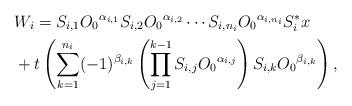
LaTeX: \begin{align*} &W_i=S_{i,1} {O_0}^{\alpha_{i,1} } S_{i,2} {O_0}^{\alpha_{i,2} } \cdots S_{i,n_i} {O_0}^{\alpha_{i,n_i} } S_i^{*} x \\ & +t \left( \sum_{k=1}^{n_i} (-1)^{\beta_{i,k} }\left( \prod_{j=1}^{k-1} S_{i,j} {O_0}^{\alpha_{i,j} } \right) S_{i,k} {O_0} ^{\beta_{i,k} } \right) \mbox{,}\end{align*}